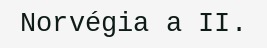
Norvégia a II.